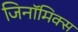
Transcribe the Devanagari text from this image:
जिनॉमिक्स